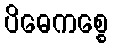
ပိဓေကစ္စေ